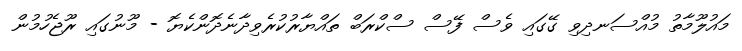
މައުލޫމާތު މުއްސަނދިވި ގޭގައި ވެސް ފޭސް ސްކްރަބް ތައްޔާރުކުރެވިދާނެދޮންކެޔޮ - މޫނުގައި ރޫޖެހުމުން